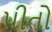
પીતો